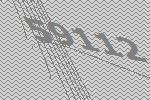
59112